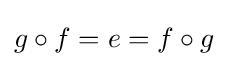
g\circ f=e=f\circ g